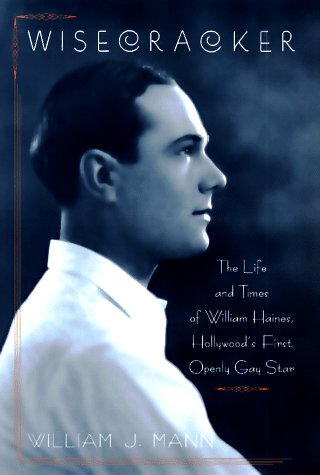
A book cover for Wisecracker: The Life and Times of William Haines, Hollywood's First Openly Gay Star; William J. Mann; Gay & Lesbian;